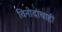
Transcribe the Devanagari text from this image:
विनोदांचाही